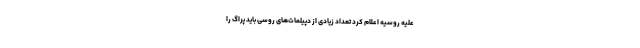
علیه روسیه اعلام کرد تعداد زیادی از دپیلمات‌های روسی باید پراگ را